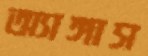
অ্যাঙ্গাস